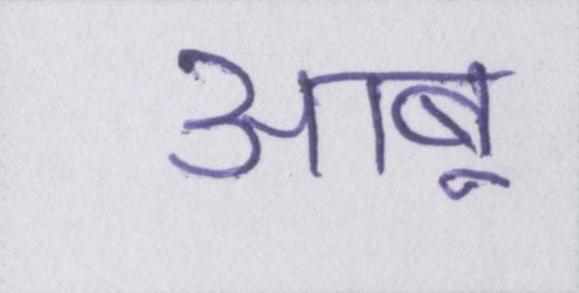
आबू